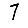
Digit: 7